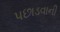
પછાડવાની